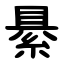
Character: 䋰